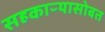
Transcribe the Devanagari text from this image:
सहकाऱ्यासोबत